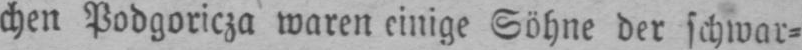
chen Podgoricza waren einige Söhne der schwar⸗